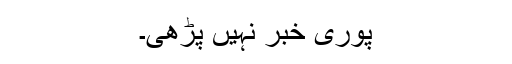
پوری خبر نہیں پڑھی۔